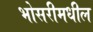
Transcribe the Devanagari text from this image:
भोसरीमधील